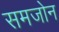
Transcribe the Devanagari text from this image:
समजोन